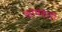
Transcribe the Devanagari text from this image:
कामकारी